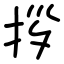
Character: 拶